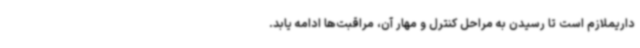
داریملازم است تا رسیدن به مراحل کنترل و مهار آن، مراقبت‌ها ادامه یابد.